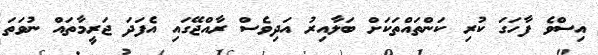
އިސްވެ ފާހަގަ ކުރި ކަންތައްތަކަށް ބަލާއިރު އަދިވެސް ރާއްޖޭގައި އެފަދަ ޖަރީމާތައް ނުވަތަ